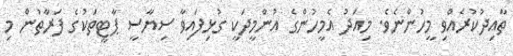
ތާއިދުކުރެއްވި މީހުންނެވެ. މިއަދު އެމީހުންގެ އުންމީދަކީ ގުޅިފައިވާ ސިޔާސީ ޕާޓީތަކުގެ ފަރާތުން މި